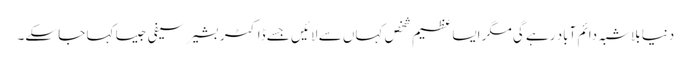
دنیا بلاشبہ دائم آباد رہے گی مگر ایسا عظیم شخص کہاں سے لائیں جسے ڈاکٹر بشیر سیفی جیسا کہا جا سکے۔